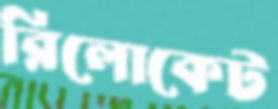
রিলোকেট